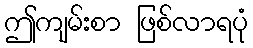
ဤကျမ်းစာ ဖြစ်လာရပုံ